Tezpur Lunatic Asylum reports 1895-1904 - 1895-1904
Year: 1895
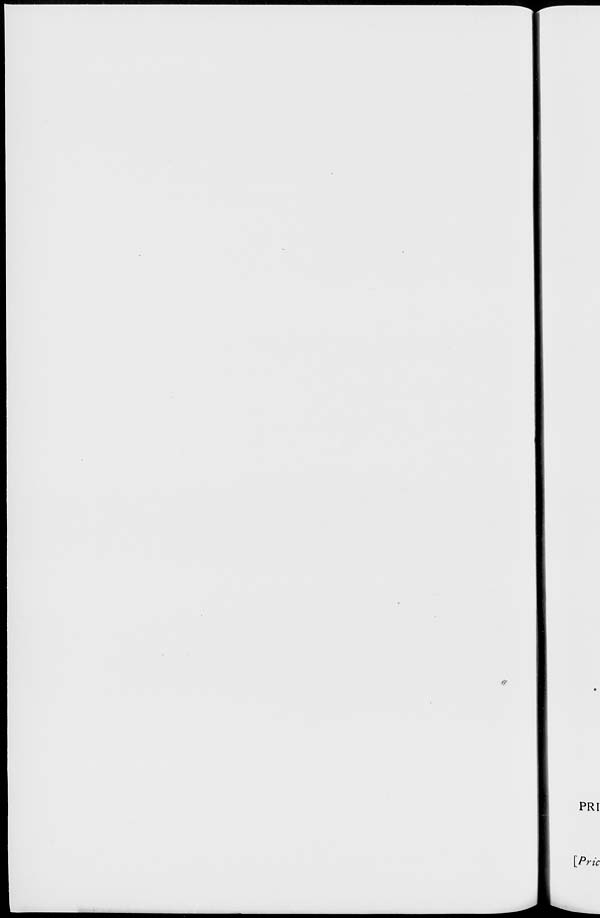
&
PRI
[Pru ric